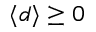
\langle d \rangle \geq 0